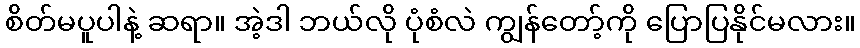
စိတ်မပူပါနဲ့ ဆရာ။ အဲ့ဒါ ဘယ်လို ပုံစံလဲ ကျွန်တော့်ကို ပြောပြနိုင်မလား။